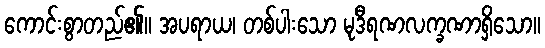
ကောင်းစွာတည်၏။ အပရာယ၊ တစ်ပါးသော မုဒီရဏလက္ခဏာရှိသော။